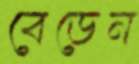
বেডেন